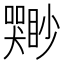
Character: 𫬣